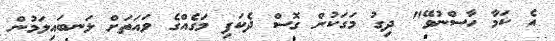
އެ ކަމާ ހާސްނުވޭ" ދިގު މަގަކުން ގޮސް ދެކަފި މަގެއްގެ ވައަތަށް ލަނބައިލަމުން